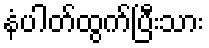
နံပါတ်ထွက်ပြီးသား